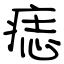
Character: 痣